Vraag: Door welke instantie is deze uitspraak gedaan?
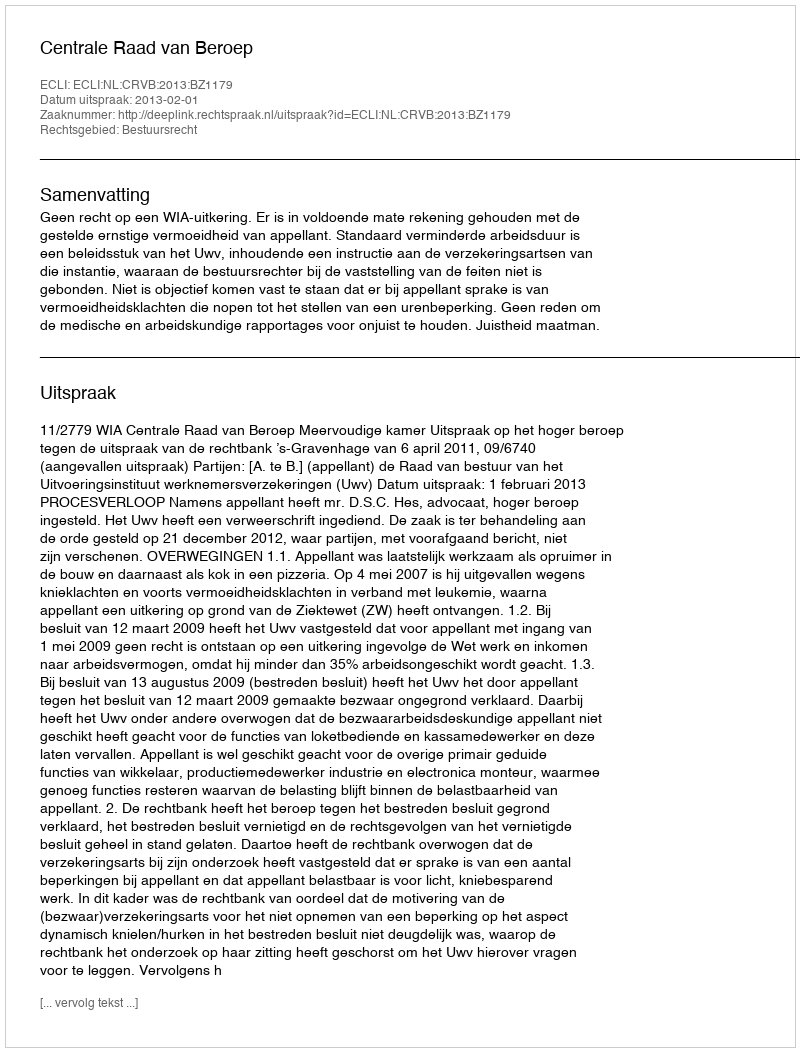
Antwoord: Centrale Raad van Beroep